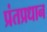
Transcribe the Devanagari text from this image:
प्रंतप्रधान